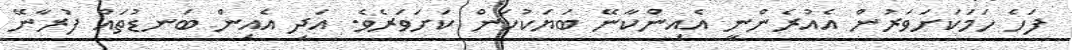
ފަހެ ހަމަކަށަވަރުން އެއުރެންނީ އެއިންކާނޭ ބަޔަކުކަން ކަށަވަރެވެ. އަދި އެއިން ބަނޑުތައް ފުރާނޭ